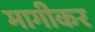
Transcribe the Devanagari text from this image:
मागीकर